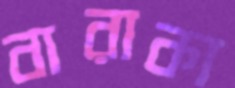
বারাকা